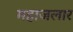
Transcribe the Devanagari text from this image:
महाजलार